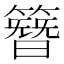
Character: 簪